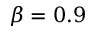
\beta = 0 . 9